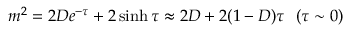
m ^ { 2 } = 2 D e ^ { - \tau } + 2 \sinh \tau \approx 2 D + 2 ( 1 - D ) \tau ~ ~ ( \tau \sim 0 )